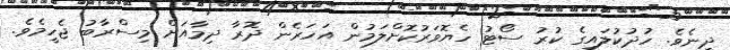
ދިނެވެ. ހުދުކުލައިގެ ކުރު ސޯޓު ހެޔޮވަރުކޮށްލަމުން އަހަރެން ދޮރާ ދިމާއަށް މިސްރާބު ޖެހީމެވެ.